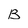
Character: B